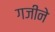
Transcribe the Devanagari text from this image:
गजीने